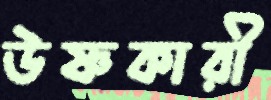
উষ্ণকারী